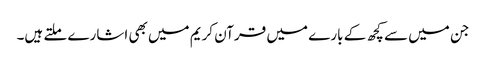
جن میں سے کچھ کے بارے میں قرآن کریم میں بھی اشارے ملتے ہیں۔